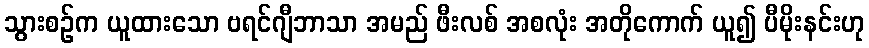
သွားစဉ်က ယူထားသော ဗရင်ဂျီဘာသာ အမည် ဖီးလစ် အစလုံး အတိုကောက် ယူ၍ ပီမိုးနင်းဟု